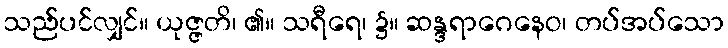
သည်ပင်လျှင်။ ယုဇ္ဇတိ၊ ၏။ သရီရေ၊ ၌။ ဆန္ဒရာဂေနေဝ၊ တပ်အပ်သော